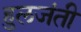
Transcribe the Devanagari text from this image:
हुलजंती